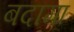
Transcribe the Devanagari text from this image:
बदामा